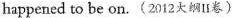
happened to be on.(2012大纲II卷)